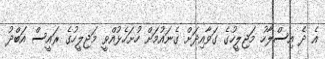
އެ ދެ އިސްލާހު މަޖިލީހުގެ ގަވާއިދަށް ގެނައުމަށް ހުށަހެޅުއްވީ މަޖިލީހުގެ ރައީސް އަބްދު